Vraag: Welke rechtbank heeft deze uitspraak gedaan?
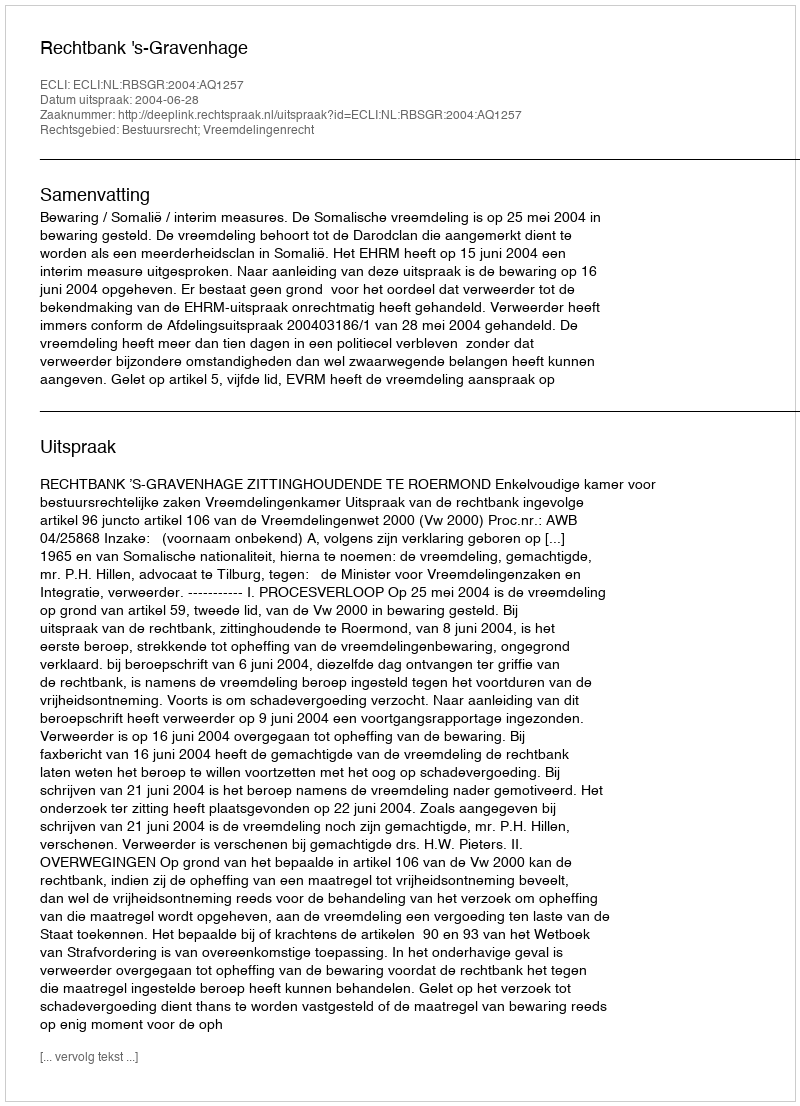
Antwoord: Rechtbank 's-Gravenhage